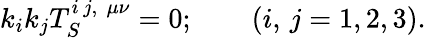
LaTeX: k_{i}k_{j}T_{S}^{i\, j,\, \, \mu\nu}=0;\qquad\left(i,\, j=1,2,3\right).